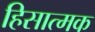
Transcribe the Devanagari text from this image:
हिसात्मक